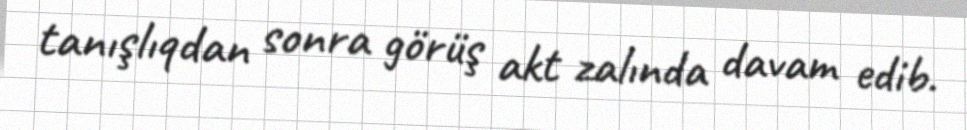
tanışlıqdan sonra görüş akt zalında davam edib.